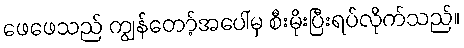
ဖေဖေသည် ကျွန်တော့်အပေါ်မှ စီးမိုးပြီးရပ်လိုက်သည်။